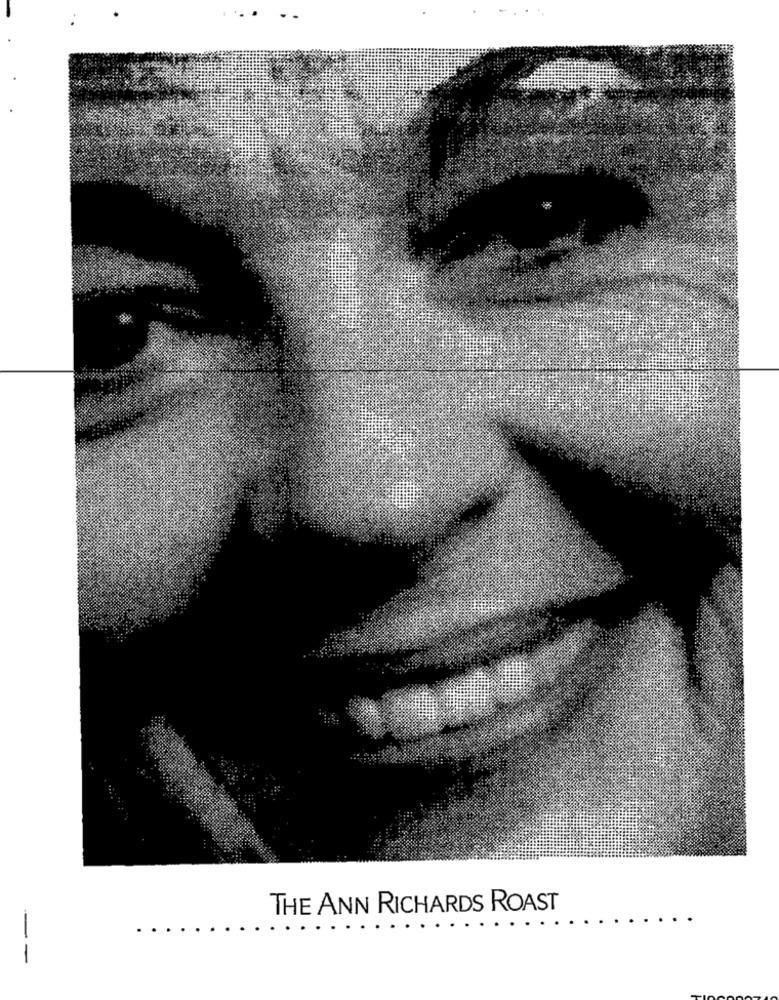
THE ANN RICHARDS ROAST